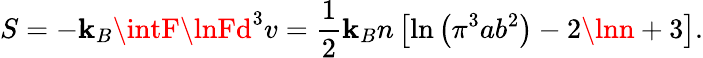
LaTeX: S=-\mathbf{k}_{B}\intF\lnFd^{3}v=\frac{{1}}{{2}}\mathbf{k}_{B}n\left[\ln\left(\pi^{3}ab^{2}\right)-2\lnn+3\right].